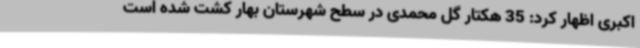
اکبری اظهار کرد: 35 هکتار گل محمدی در سطح شهرستان بهار کشت شده است